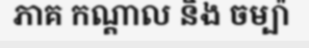
ភាគ កណ្តាល និង ចម្ប៉ា